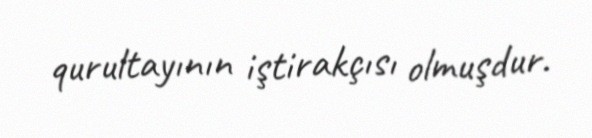
qurultayının iştirakçısı olmuşdur.